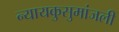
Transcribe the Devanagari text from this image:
न्यायकुसुमांजली